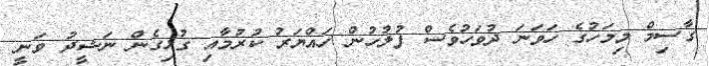
ގާސިމް މިމަހުގެ ހަވަނަ ދުވަހުވެސް ފުލުހުން ހައްޔަރު ކުރުމާއި ގުޅިގެން ނަޝީދު ވަނީ